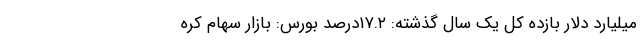
میلیارد دلار بازده کل یک سال گذشته: ۱۷.۲درصد بورس: بازار سهام کره